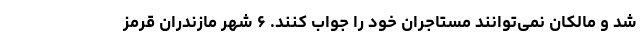
شد و مالکان نمی‌توانند مستاجران خود را جواب کنند. ۶ شهر مازندران قرمز